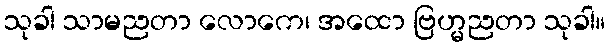
သုခါ သာမညတာ လောကေ၊ အထော ဗြဟ္မညတာ သုခါ။